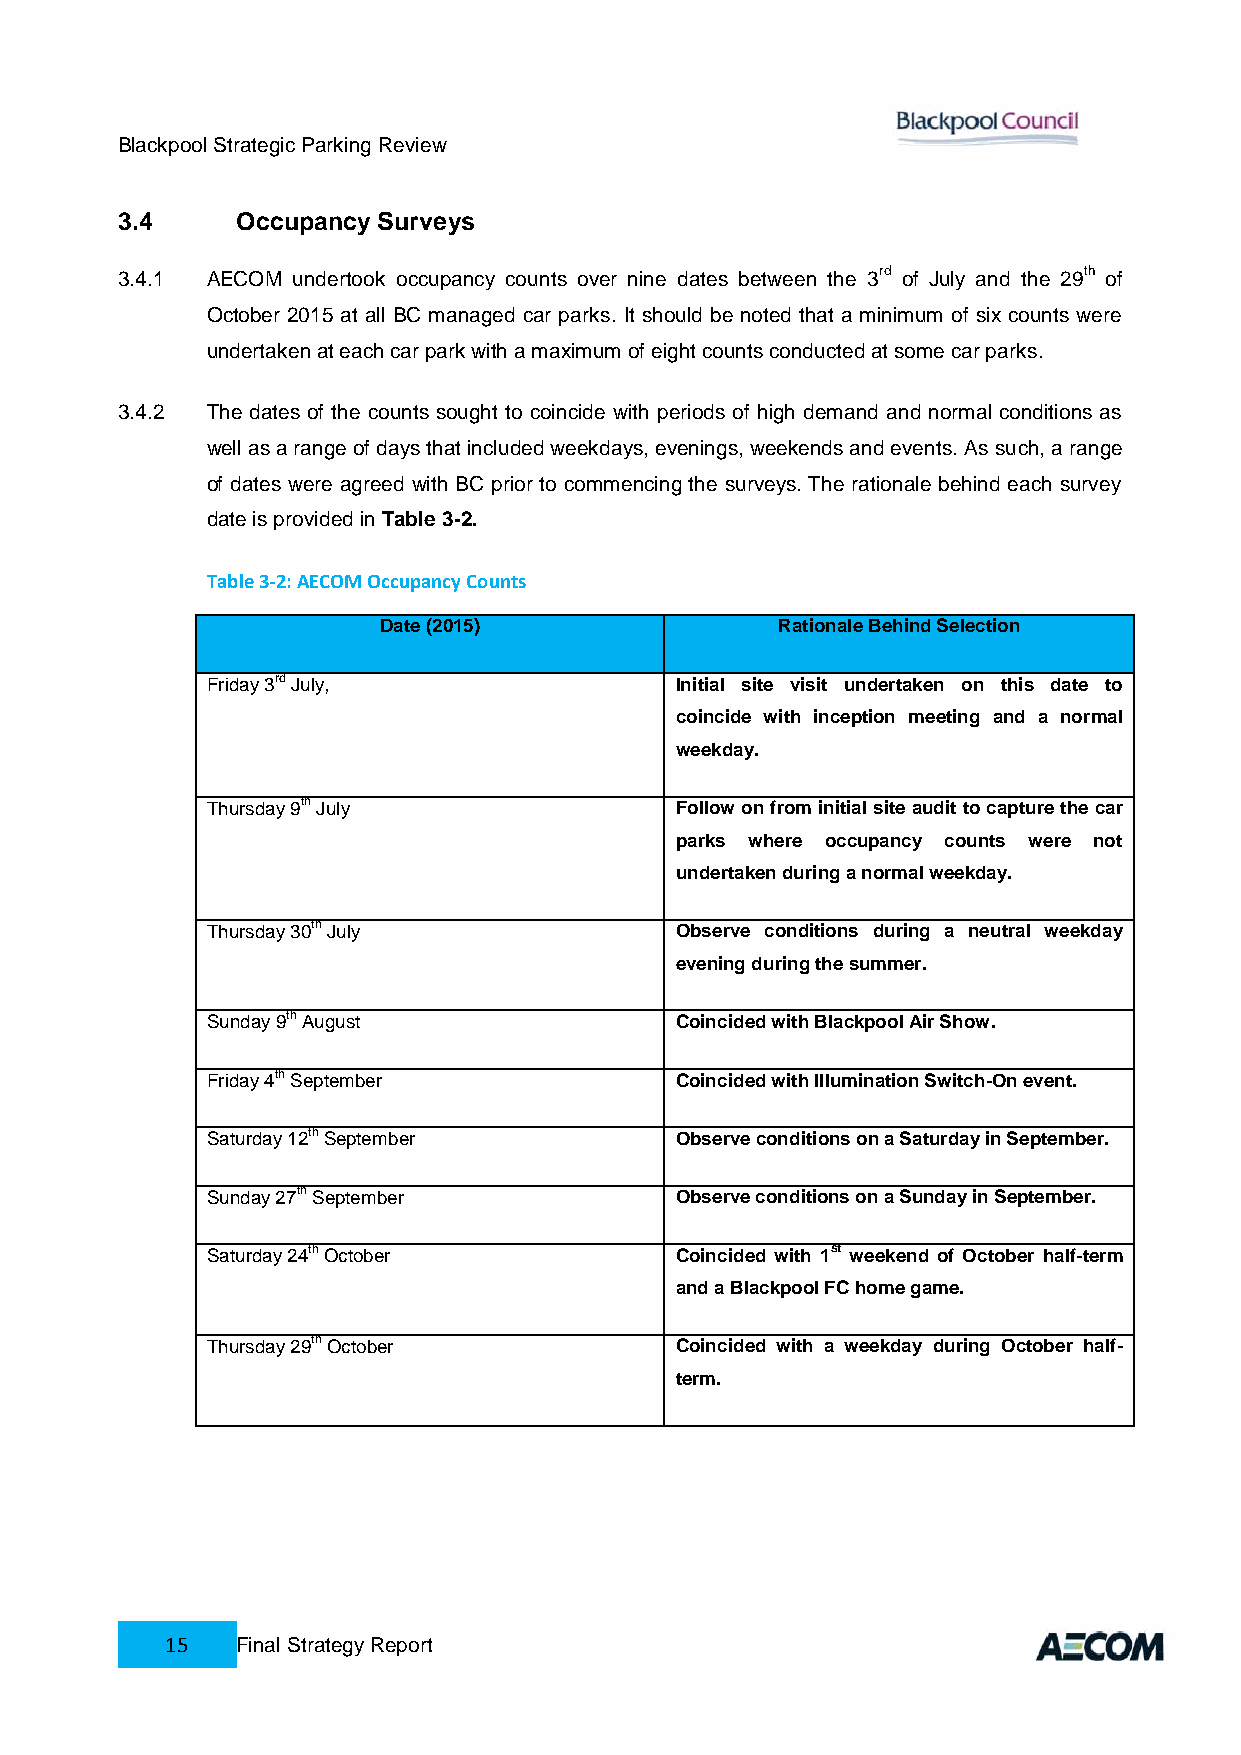
Blackpool Strategic Parking Review
 3.4     Occupancy Surveys
 3.4.1 AECOM undertook occupancy counts over nine dates between the 3rd of July and the 29th of
 October 2015 at all BC managed car parks. It should be noted that a minimum of six counts were
 undertaken at each car park with a maximum of eight counts conducted at some car parks.
 3.4.2 The dates of the counts sought to coincide with periods of high demand and normal conditions as
 well as a range of days that included weekdays, evenings, weekends and events. As such, a range
 of dates were agreed with BC prior to commencing the surveys. The rationale behind each survey
 date is provided in Table 3-2.
 Table 3-2: AECOM Occupancy Counts
 Date (2015)                Rationale Behind Selection
 Friday 3rd July,               Initial site visit undertaken on this date to
 coincide with inception meeting and a normal
 weekday.
 Thursday 9th July              Follow on from initial site audit to capture the car
 parks where occupancy counts were not
 undertaken during a normal weekday.
 Thursday 30th July             Observe conditions during a neutral weekday
 evening during the summer.
 Sunday 9th August              Coincided with Blackpool Air Show.
 Friday 4th September           Coincided with Illumination Switch-On event.
 Saturday 12th September        Observe conditions on a Saturday in September.
 Sunday 27th September          Observe conditions on a Sunday in September.
 Saturday 24th October          Coincided with 1st weekend of October half-term
 and a Blackpool FC home game.
 Thursday 29th October          Coincided with a weekday during October half-
 term.
 15   Final Strategy Report